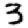
Digit: 3